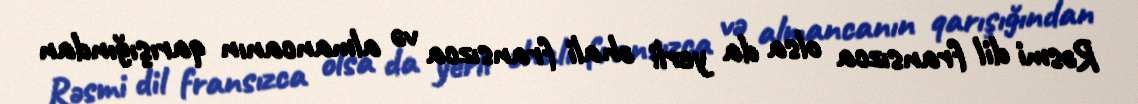
Rəsmi dil fransızca olsa da yerli əhali fransızca və almancanın qarışığından